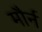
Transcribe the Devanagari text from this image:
मौर्न